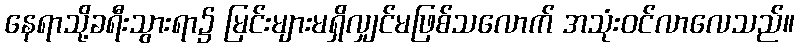
နေရာသို့ခရီးသွားရာ၌ မြင်းများမရှိလျှင်မဖြစ်သလောက် အသုံးဝင်လာလေသည်။